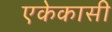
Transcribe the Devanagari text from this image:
एकेकासी